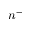
n ^ { - }